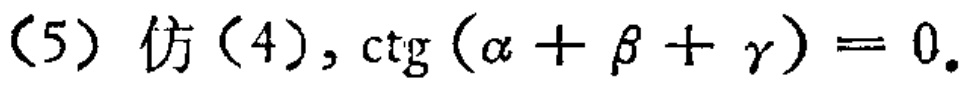
(5) 仿(4), $\cot(\alpha + \beta+\gamma)=0$.